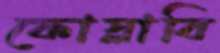
ফোস্‌লাবি